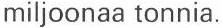
miljoonaa tonnia.